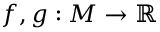
f , g : M \to \mathbb { R }